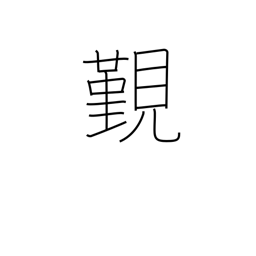
Meaning: have an audience with